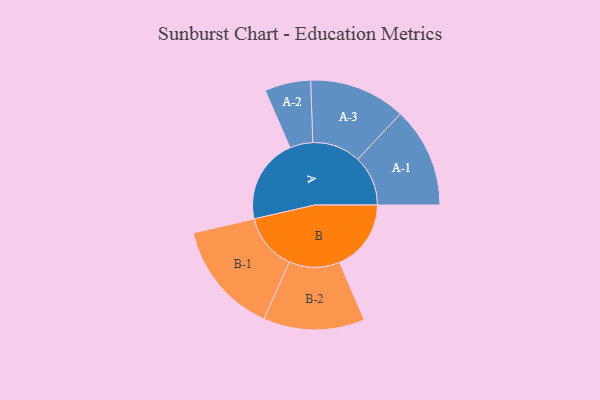
{"axis": {"x": "Segment", "y": "Value"}, "legend": ["", "A", "B"], "data": [{"x": "A", "y": 384, "type": ""}, {"x": "B", "y": 323, "type": ""}, {"x": "A-1", "y": 227, "type": "A"}, {"x": "A-2", "y": 104, "type": "A"}, {"x": "A-3", "y": 218, "type": "A"}, {"x": "B-1", "y": 256, "type": "B"}, {"x": "B-2", "y": 229, "type": "B"}]}